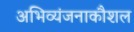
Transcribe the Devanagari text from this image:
अभिव्यंजनाकौशल